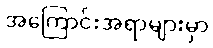
အကြောင်းအရာများမှာ